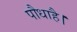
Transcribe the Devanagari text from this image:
पौधाहै।